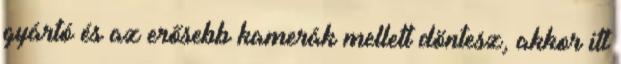
gyártó és az erősebb kamerák mellett döntesz, akkor itt